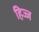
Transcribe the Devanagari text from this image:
हिज्ज